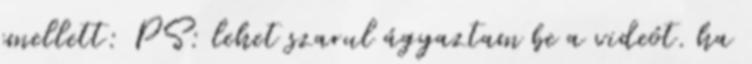
emellett: PS: lehet szarul ágyaztam be a videót. ha